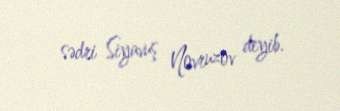
sədri Siyavuş Novruzov deyib.